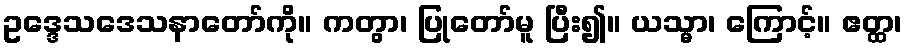
ဥဒ္ဒေသဒေသနာတော်ကို။ ကတွာ၊ ပြုတော်မူ ပြီး၍။ ယသ္မာ၊ ကြောင့်။ ဧတ္ထ၊